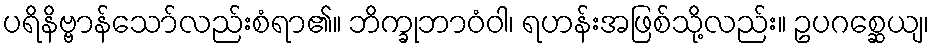
ပရိနိဗ္ဗာန်သော်လည်းစံရာ၏။ ဘိက္ခုဘာဝံဝါ၊ ရဟန်းအဖြစ်သို့လည်း။ ဥပဂစ္ဆေယျ၊